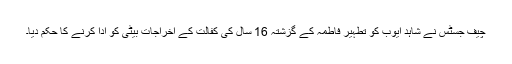
چیف جسٹس نے شاہد ایوب کو تطہیر فاطمہ کے گزشتہ 16 سال کی کفالت کے اخراجات بیٹی کو ادا کرنے کا حکم دیا۔